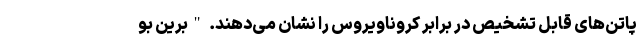
پاتن‌های قابل تشخیص در برابر کروناویروس را نشان می‌دهند. "برین بو